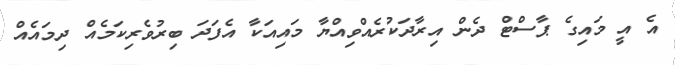
އެ އީ މައިގެ ޕާސްޓް ދެން އިރާދަކުރެއްވިއްޔާ މައިއަކާ އެފަދަ ބިރުވެރިކަމެއް ދިމައެއް